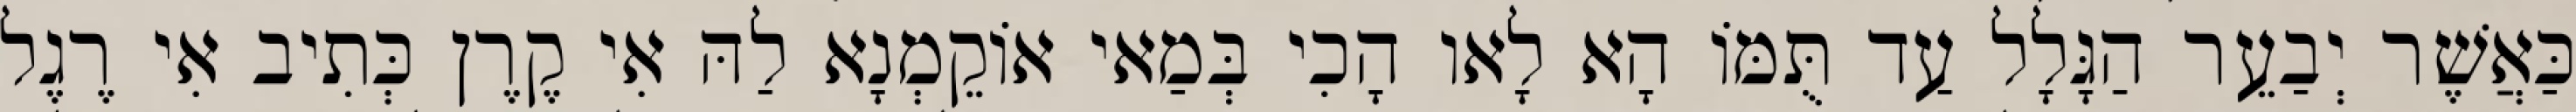
כַּאֲשֶׁר יְבַעֵר הַגָּלָל עַד תֻּמּוֹ הָא לָאו הָכִי בְּמַאי אוֹקֵמְנָא לַהּ אִי קֶרֶן כְּתִיב אִי רֶגֶל